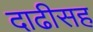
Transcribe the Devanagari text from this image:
दाढीसह